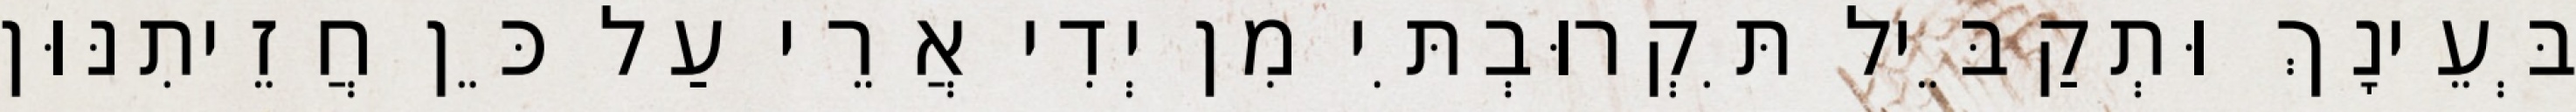
בְּעֵינָךְ וּתְקַבֵּיל תִּקְרוּבְתִּי מִן יְדִי אֲרֵי עַל כֵּן חֲזֵיתִנּוּן